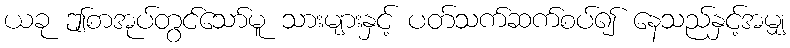
ယခု ဤစာအုပ်တွင်သော်မူ သားများနှင့် ပတ်သက်ဆက်စပ်၍ နေသည်နှင့်အမျှ